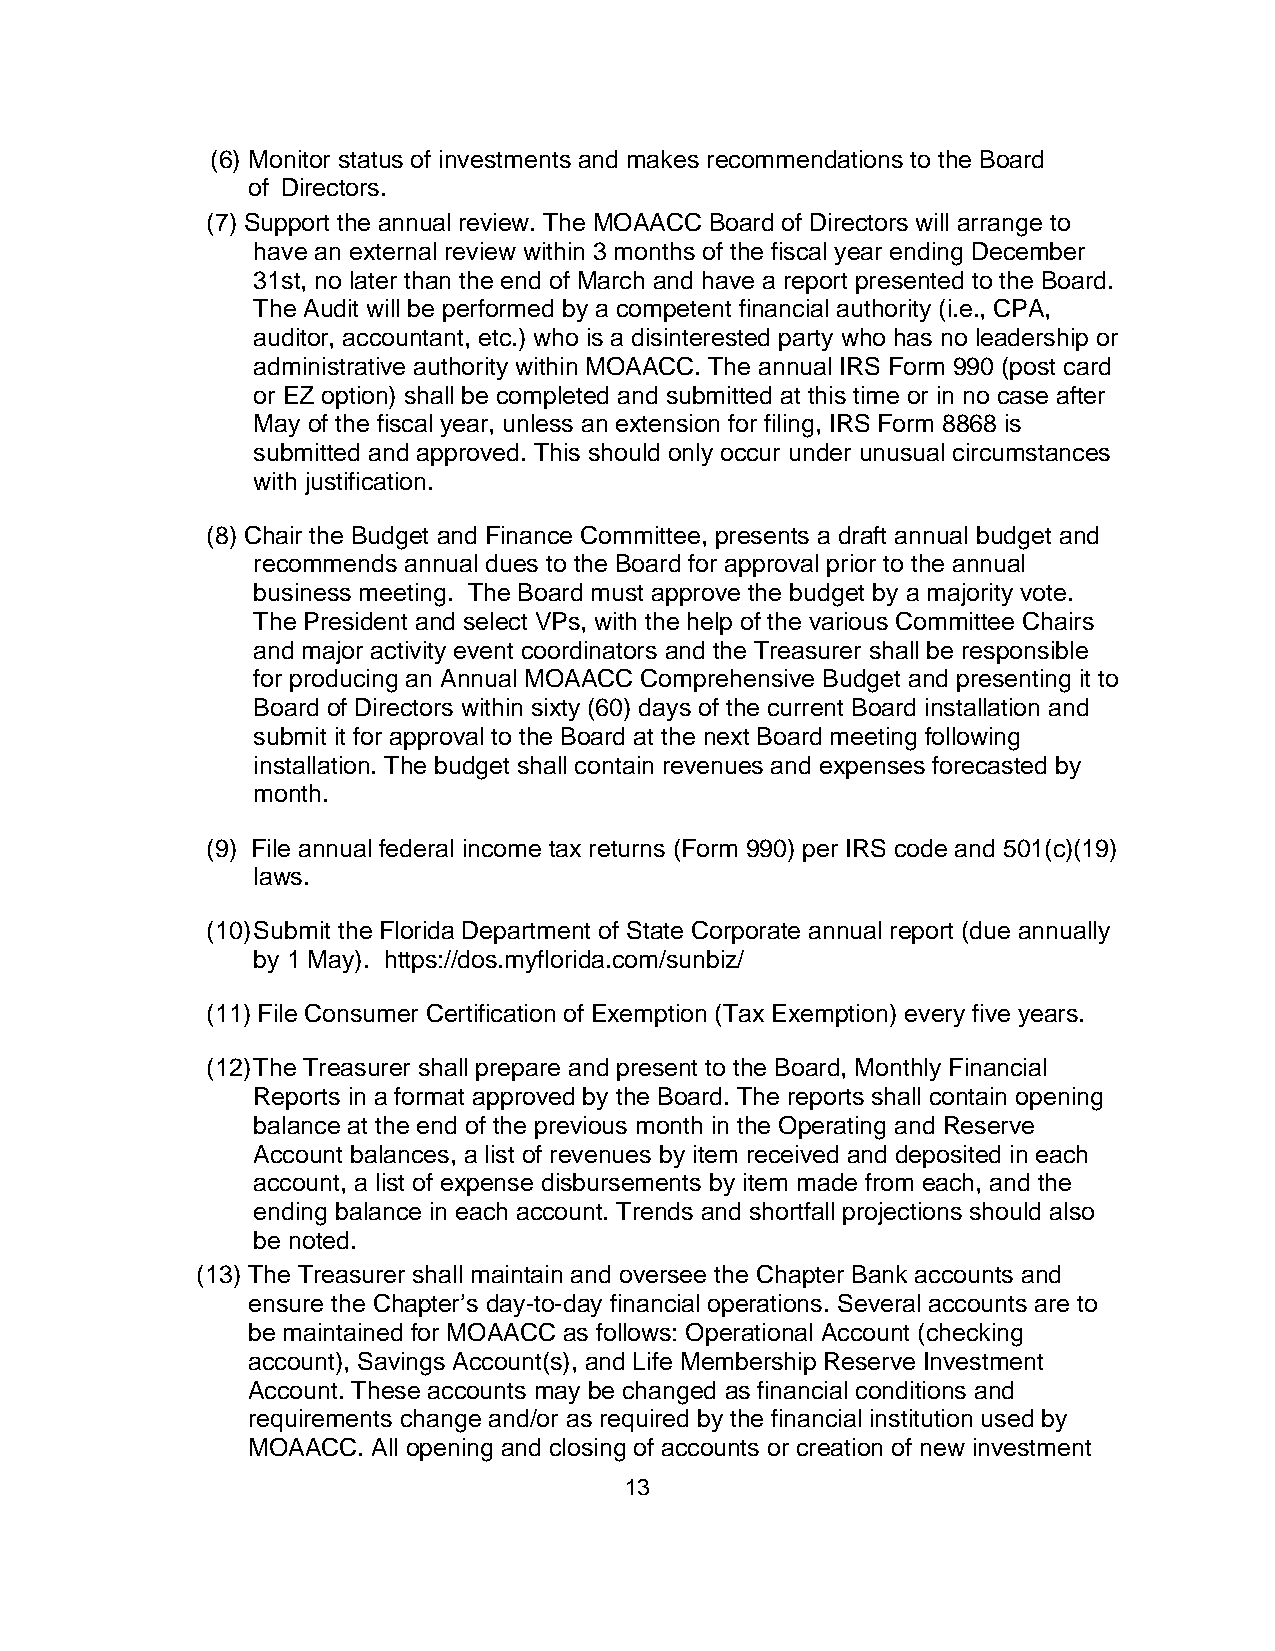
(6) Monitor status of investments and makes recommendations to the Board
 of Directors.
 (7) Support the annual review. The MOAACC Board of Directors will arrange to
 have an external review within 3 months of the fiscal year ending December
 31st, no later than the end of March and have a report presented to the Board.
 The Audit will be performed by a competent financial authority (i.e., CPA,
 auditor, accountant, etc.) who is a disinterested party who has no leadership or
 administrative authority within MOAACC. The annual IRS Form 990 (post card
 or EZ option) shall be completed and submitted at this time or in no case after
 May of the fiscal year, unless an extension for filing, IRS Form 8868 is
 submitted and approved. This should only occur under unusual circumstances
 with justification.
 (8) Chair the Budget and Finance Committee, presents a draft annual budget and
 recommends annual dues to the Board for approval prior to the annual
 business meeting. The Board must approve the budget by a majority vote.
 The President and select VPs, with the help of the various Committee Chairs
 and major activity event coordinators and the Treasurer shall be responsible
 for producing an Annual MOAACC Comprehensive Budget and presenting it to
 Board of Directors within sixty (60) days of the current Board installation and
 submit it for approval to the Board at the next Board meeting following
 installation. The budget shall contain revenues and expenses forecasted by
 month.
 (9) File annual federal income tax returns (Form 990) per IRS code and 501(c)(19)
 laws.
 (10) Submit the Florida Department of State Corporate annual report (due annually
 by 1 May). https://dos.myflorida.com/sunbiz/
 (11) File Consumer Certification of Exemption (Tax Exemption) every five years.
 (12) The Treasurer shall prepare and present to the Board, Monthly Financial
 Reports in a format approved by the Board. The reports shall contain opening
 balance at the end of the previous month in the Operating and Reserve
 Account balances, a list of revenues by item received and deposited in each
 account, a list of expense disbursements by item made from each, and the
 ending balance in each account. Trends and shortfall projections should also
 be noted.
 (13) The Treasurer shall maintain and oversee the Chapter Bank accounts and
 ensure the Chapter’s day-to-day financial operations. Several accounts are to
 be maintained for MOAACC as follows: Operational Account (checking
 account), Savings Account(s), and Life Membership Reserve Investment
 Account. These accounts may be changed as financial conditions and
 requirements change and/or as required by the financial institution used by
 MOAACC.  All opening and closing of accounts or creation of new investment
 13